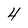
Character: 4